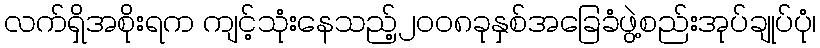
လက်ရှိအစိုးရက ကျင့်သုံးနေသည့်၂၀၀၈ခုနှစ်အခြေခံဖွဲ့စည်းအုပ်ချုပ်ပုံ၊